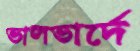
ভালভার্দে